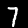
Label: 7